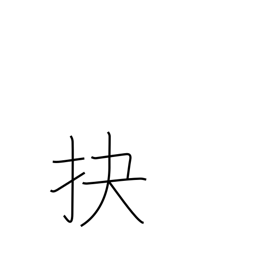
Meaning: pry